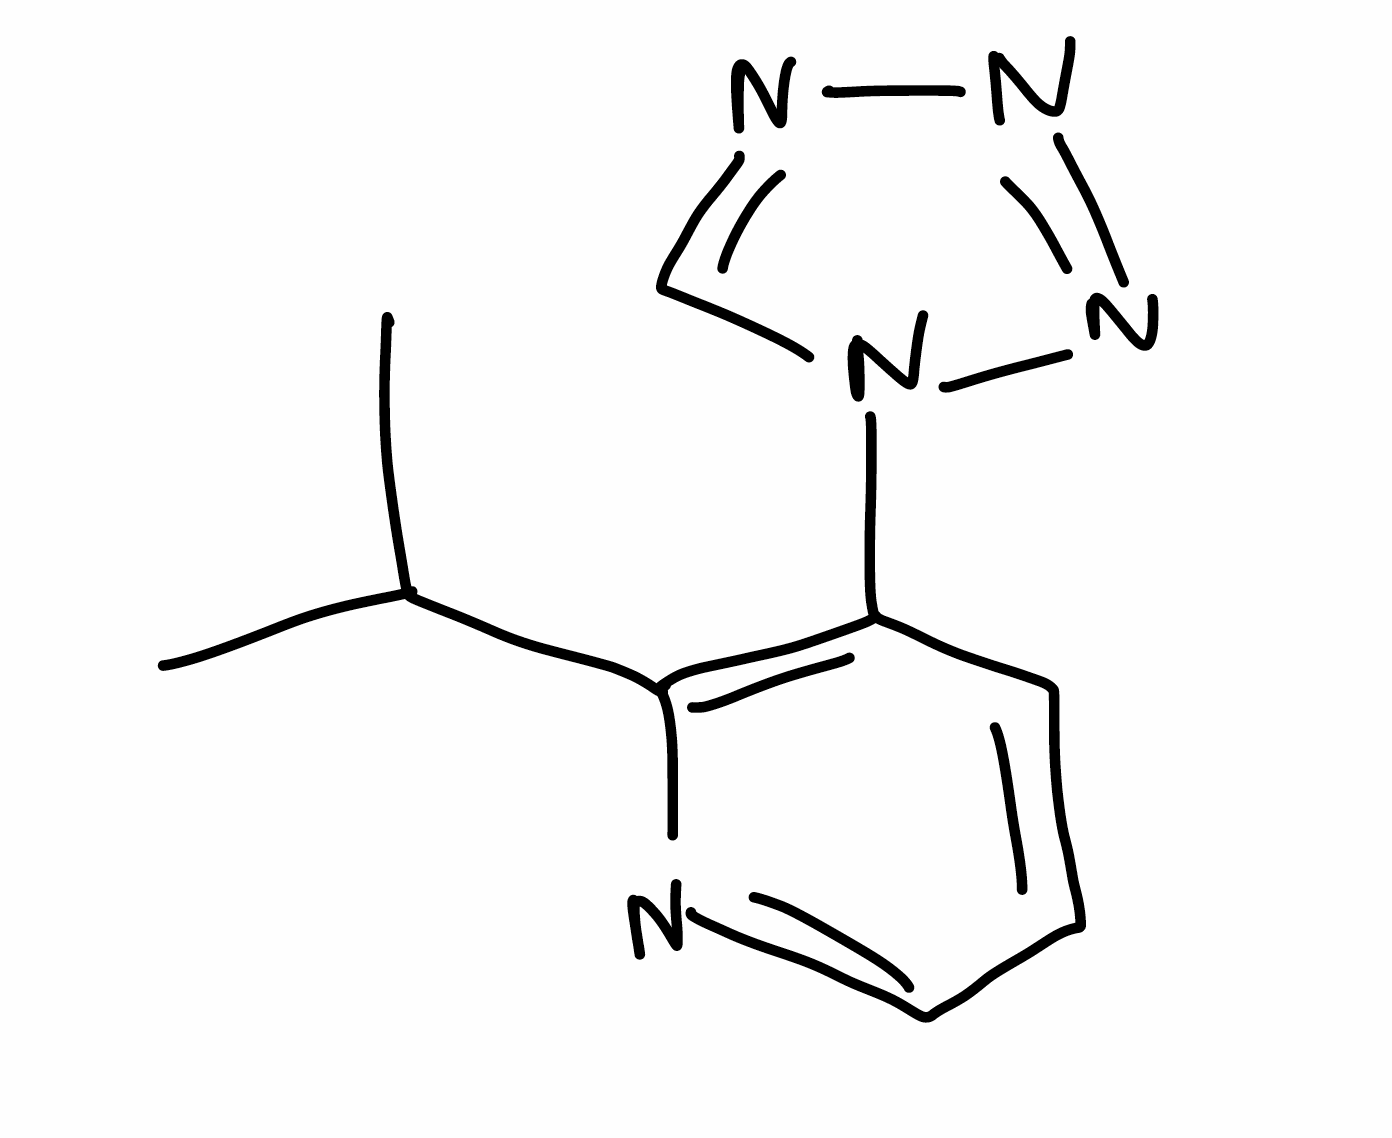
Simplified molecular-input line-entry system (SMILES) notation of the given molecule:
CC(C)C1=C(C=CC=N1)N2C=NN=N2